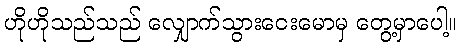
ဟိုဟိုသည်သည် လျှောက်သွားငေးမောမှ တွေ့မှာပေါ့။